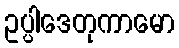
ဥပ္ပါဒေတုကာမော